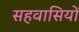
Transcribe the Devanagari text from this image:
सहवासियों